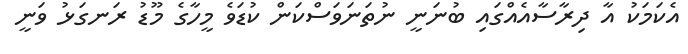
އެކަމަކު އާ ދިރާސާއެއްގައި ބުނަނީ ނުތަނަވަސްކަން ކުޑަވެ މީހާގެ މޫޑު ރަނގަޅު ވަނީ